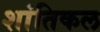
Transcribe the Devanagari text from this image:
शांतिकल